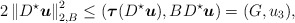
\begin{align*}2\left\|D^\star{ \boldsymbol u}\right\|_{2,B}^2 \leq \left({\boldsymbol\tau}(D^\star{ \boldsymbol u}),B D^\star{ \boldsymbol u}\right)=(G,u_3),\end{align*}